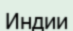
Индии